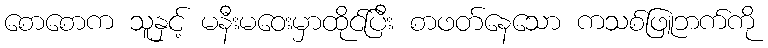
စောစောက သူနှင့် မနီးမဝေးမှာထိုင်ပြီး စာဖတ်နေသော ကသစ်ဖြူဘက်ကို